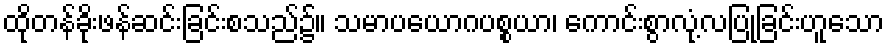
ထိုတန်ခိုးဖန်ဆင်းခြင်းစသည်၌။ သမာပယောဂပစ္စယာ၊ ကောင်းစွာလုံ့လပြုခြင်းဟူသော